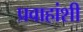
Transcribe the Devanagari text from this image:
प्रवाहांशी